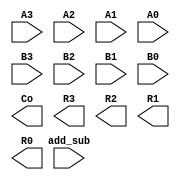
`timescale 1ns / 1ps

module addsub4b(add_sub, A3, A2, A1, A0, B3, B2, B1, B0, Co, R3, R2, R1, R0);
  input add_sub;  // Se add_sub=0 faz A+B; se add_sub=1 faz A-B
  input A3, A2, A1, A0;  // Operando A
  input B3, B2, B1, B0;  // Operando B 
  output Co;
  output R3, R2, R1, R0; // Resultado R

  // Acrescente a seguir a implementao

  
  
endmodule